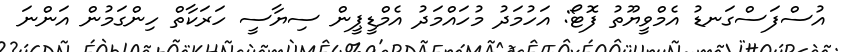
އުސްފަސްގަނޑު އެމްވީޔޫތު ފޮޓޯ: އަހުމަދު މުހައްމަދު އެމްޑީޕީން ސިޔާސީ ހަރަކާތް ހިންގަމުން އަންނަ